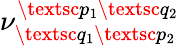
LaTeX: \nu_{\textsc{q}_{1}\textsc{p}_{2}}^{\textsc{p}_{1}\textsc{q}_{2}}